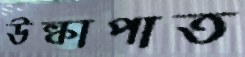
উল্কাপাত